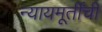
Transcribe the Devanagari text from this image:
न्यायमूर्तींची